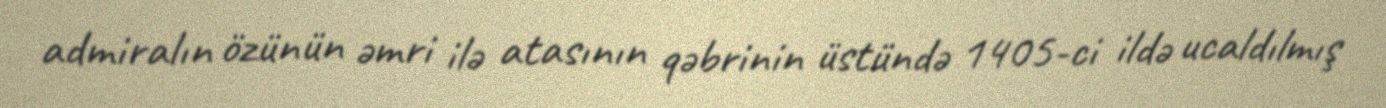
admiralın özünün əmri ilə atasının qəbrinin üstündə 1405-ci ildə ucaldılmış